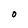
Character: 0